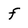
Character: f